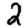
Digit: 2